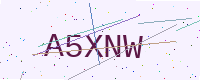
Text: A5XNW